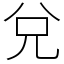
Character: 兌